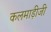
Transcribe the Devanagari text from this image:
कलमाड़ीजी